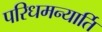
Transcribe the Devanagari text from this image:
परिधमन्यार्ति